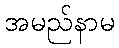
အမည်နာမ